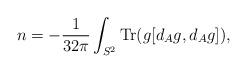
LaTeX: \begin{align*}n=-\frac{1}{32\pi}\int_{S^2}{\rm Tr}(g[d_A g,d_A g]),\end{align*}